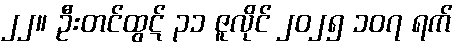
၂၂။ ဦးတင်ထွဋ် ၃၁ ဇူလိုင် ၂၀၂၅ ၁၀၇ ရက်